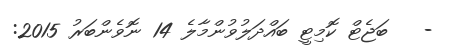
-   ބަޖެޓް ކޮމިޓީ ބައްދަލުވުންމާލެ 14 ނޮވެންބަރު 2015: